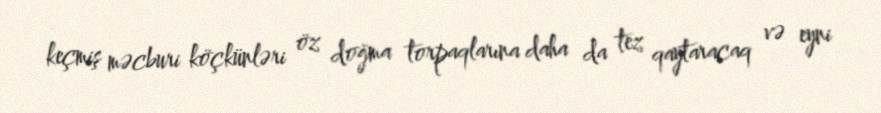
keçmiş məcburi köçkünləri öz doğma torpaqlarına daha da tez qaytaracaq və eyni